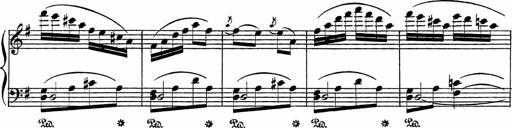
Title: Piano Sonatinas
Composer: Charles Fradel